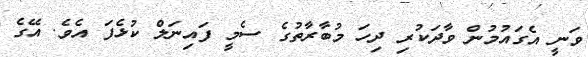
ވަނީ އެގައުމުން ވާދަކުރި ދިހަ މުބާރާތުގެ ސެމީ ފައިނަލް ކުޅެފަ އެވެ. އޭގެ